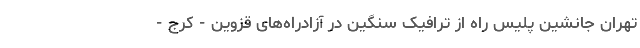
تهران جانشین پلیس راه از ترافیک سنگین در آزادراه‌های قزوین - کرج -